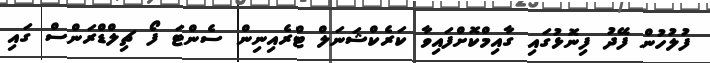
ފުލުހުން ފޭދު ފިނޮޅުގައި ގާއިމްކޮށްފައިވާ ކަރެކްޝަނަލް ޓްރެއިނިން ސެންޓަ ފޯ ޗިލްޑްރަންސް ގައި